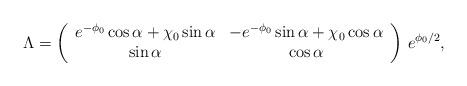
LaTeX: \begin{align*}\Lambda =\left(\begin{array}{cc} e^{-\phi_0} \cos \alpha + \chi_0 \sin \alpha & - e^{-\phi_0} \sin \alpha+ \chi_0 \cos \alpha\\\sin \alpha & \cos \alpha\end{array}\right)\,e^{\phi_0/2},\end{align*}